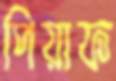
পিয়াফ